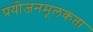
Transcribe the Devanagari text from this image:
प्रयोजनमूलकता